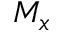
M _ { x }